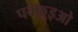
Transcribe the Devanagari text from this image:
पक्क़ुइओ